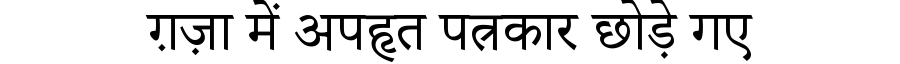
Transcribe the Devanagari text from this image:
ग़ज़ा में अपहृत पत्रकार छोड़े गए